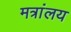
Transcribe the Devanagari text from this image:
मत्रांलय